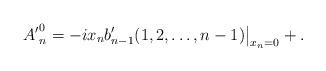
LaTeX: \begin{align*} {A'}^0_n &= -i x_{n} b'_{n-1} (1, 2, \ldots, n-1)\big|_{x_n=0} + .\end{align*}